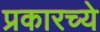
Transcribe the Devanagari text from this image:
प्रकारच्ये